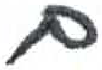
אות: ק